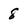
Character: 8